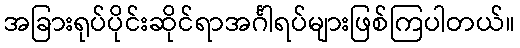
အခြားရုပ်ပိုင်းဆိုင်ရာအင်္ဂါရပ်များဖြစ်ကြပါတယ်။